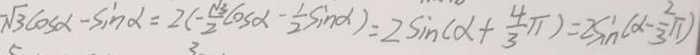
- \sqrt { 3 } \cos \alpha - \sin \alpha = 2 ( - \frac { \sqrt { 3 } } { 2 } \cos \alpha - \frac { 1 } { 2 } \sin \alpha ) = 2 \sin ( \alpha + \frac { 4 } { 3 } \pi ) = 2 \sin ( \alpha - \frac { 2 } { 3 } \pi )